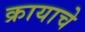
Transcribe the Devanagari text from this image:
क्रायाचे